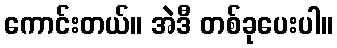
ကောင်းတယ်။ အဲဒီ တစ်ခုပေးပါ။